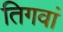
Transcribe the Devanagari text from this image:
तिगवां